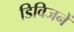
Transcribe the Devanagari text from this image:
डिविजनें